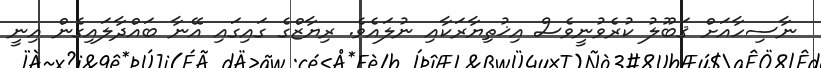
ނާސިހާއަށް ޤަބޫލު ކުރެވުނީވެސް އިޚުތިޔާރަކާއި ނުލައެވެ. ރިޔާޒްގެ ގައިގައި އޭނާ ބައްދާލައިގެން އިނީ